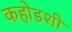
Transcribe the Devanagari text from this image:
कहोडशी